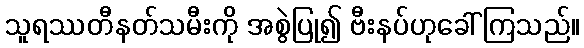
သူရဿတီနတ်သမီးကို အစွဲပြု၍ ဗီးနပ်ဟုခေါ်ကြသည်။